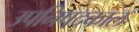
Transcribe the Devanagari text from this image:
उपनिषदकाल